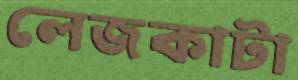
লেজকাটা